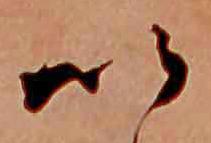
い